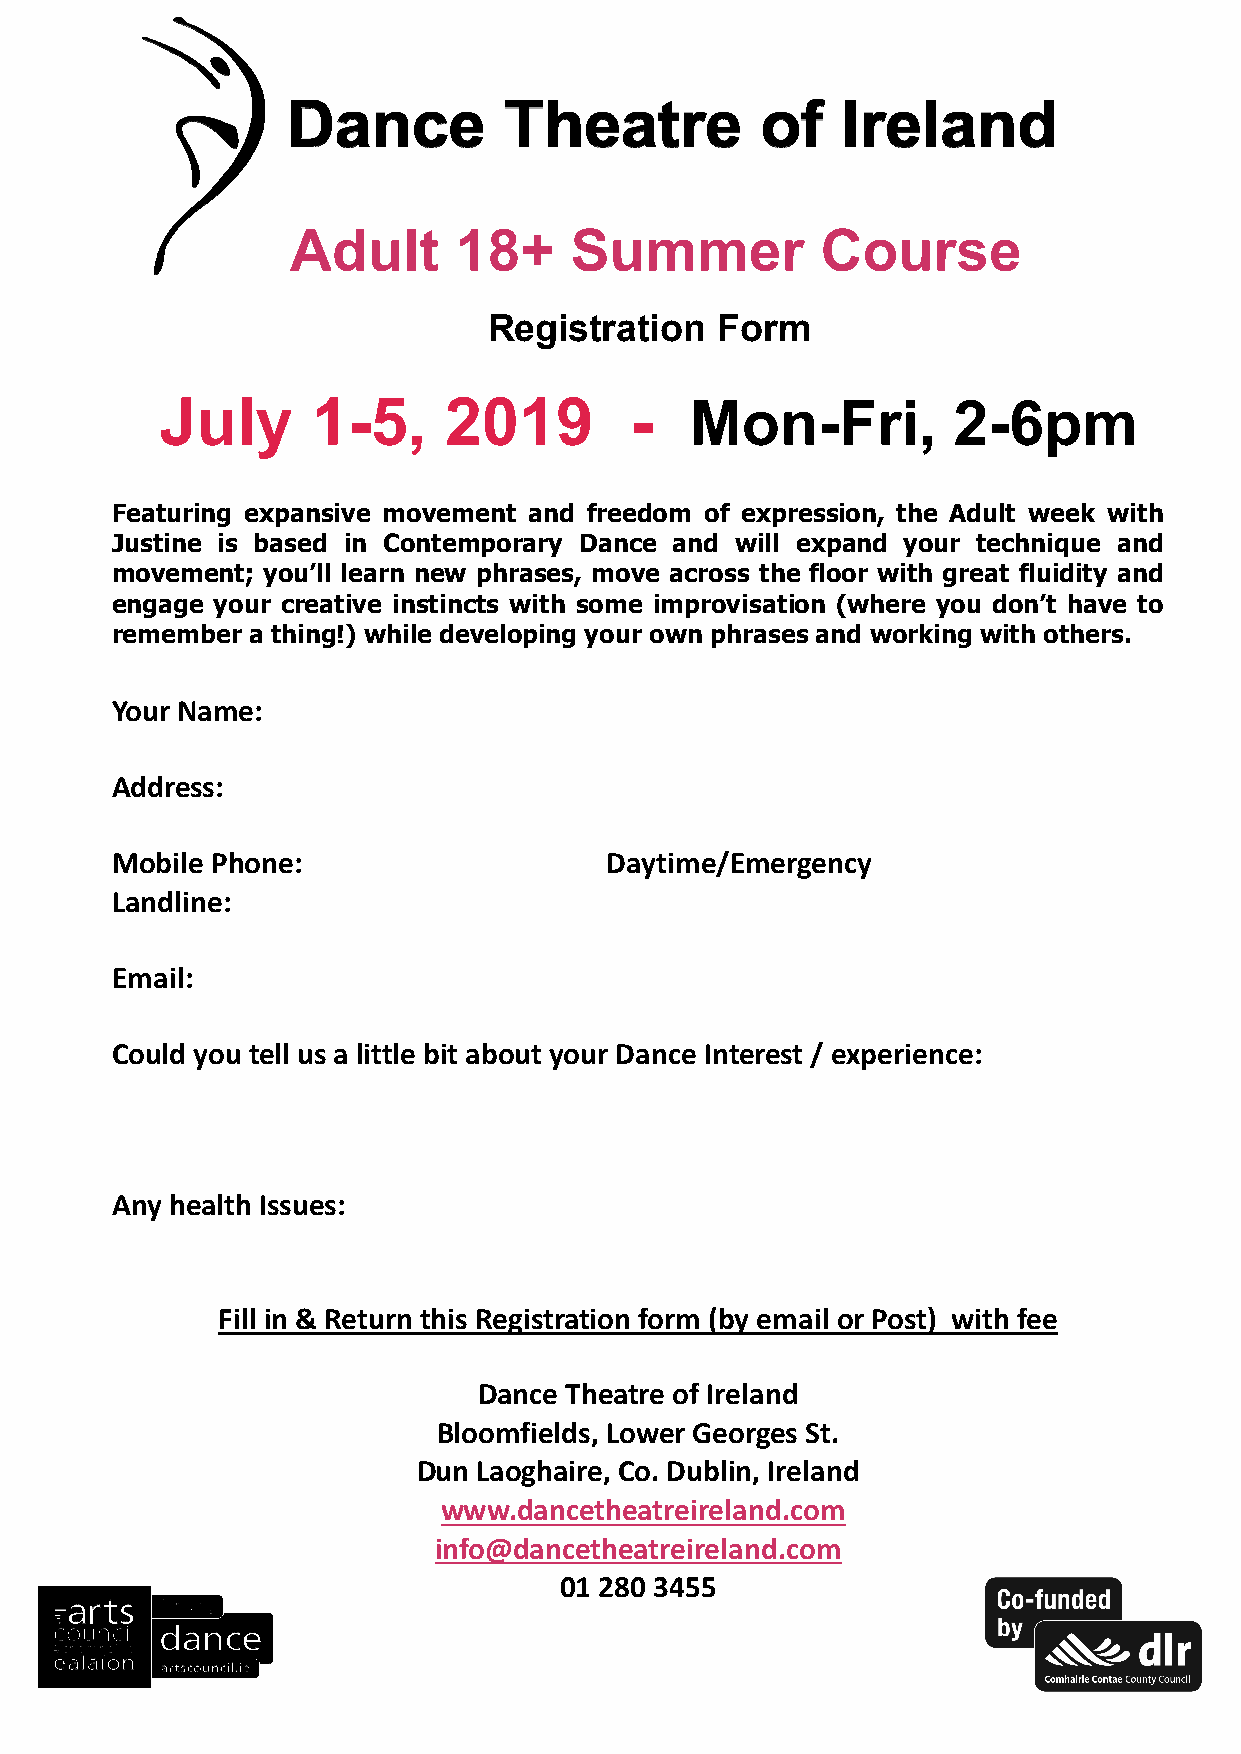
Adult      18+     Summer          Course
 Registration   Form
 July      1-5,    2019         -   Mon-Fri,         2-6pm
 Featuring expansive movement and freedom of expression, the Adult week with
 Justine is based in Contemporary Dance and will expand your technique and
 movement; you’ll learn new phrases, move across the floor with great fluidity and
 engage your creative instincts with some improvisation (where you don’t have to
 remember a thing!) while developing your own phrases and working with others.
 Your Name:
 Address:
 Mobile Phone:                    Daytime/Emergency
 Landline:
 Email:
 Could you tell us a little bit about your Dance Interest / experience:
 Any health Issues:
 Fill in & Return this Registration form (by email or Post) with fee
 Dance Theatre of Ireland
 Bloomfields, Lower Georges St.
 Dun Laoghaire, Co. Dublin, Ireland
 www.dancetheatreireland.com
 info@dancetheatreireland.com
 01 280 3455